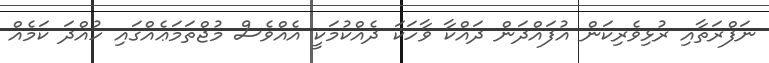
ނަފްރަތާއި ރުޅިވެރިކަން އުފައްދަން ދައްކާ ވާހަކަ ދެއްކުމަކީ އެއްވެސް މުޖްތަމަޢެއްގައި ހުއްދަ ކަމެއް